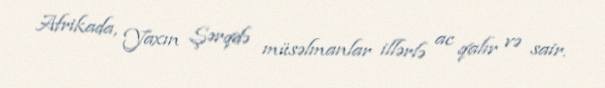
Afrikada, Yaxın Şərqdə müsəlmanlar illərlə ac qalır və sair.